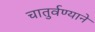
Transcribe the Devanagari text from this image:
चातुर्वण्याने